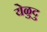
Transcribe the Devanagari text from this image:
येळुदु